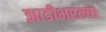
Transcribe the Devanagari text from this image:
झाडीभरल्या